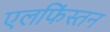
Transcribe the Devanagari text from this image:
एलफिंस्तन